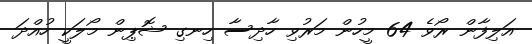
އަލިފާން ރޯވެ 64 މީހުން މަރުވި ހާދިސާ ހިނގި ޝޮޕިން މޯލަކީ ހުއްދަ